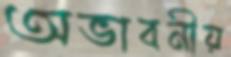
অভাবনীয়